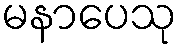
မနာပေသု